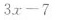
3x-7